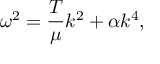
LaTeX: \omega ^ { 2 } = { \frac { T } { \mu } } k ^ { 2 } + \alpha k ^ { 4 } ,